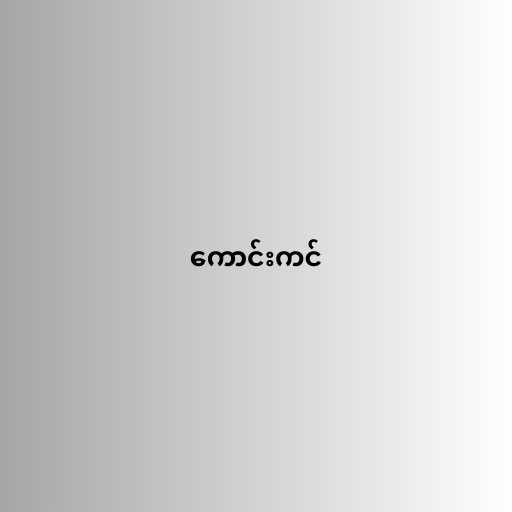
ကောင်းကင်